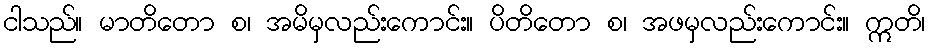
ငါသည်။ မာတိတော စ၊ အမိမှလည်းကောင်း။ ပိတိတော စ၊ အဖမှလည်းကောင်း။ ဣတိ၊